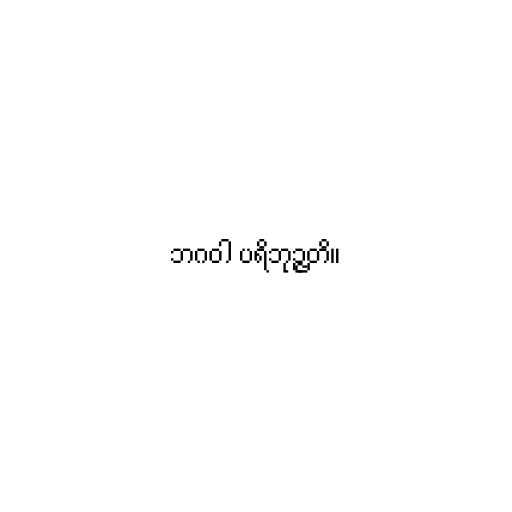
ဘဂဝါ ပရိဘုဉ္ဇတိ။